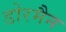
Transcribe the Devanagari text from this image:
डोरमैन